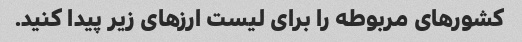
کشورهای مربوطه را برای لیست ارزهای زیر پیدا کنید.